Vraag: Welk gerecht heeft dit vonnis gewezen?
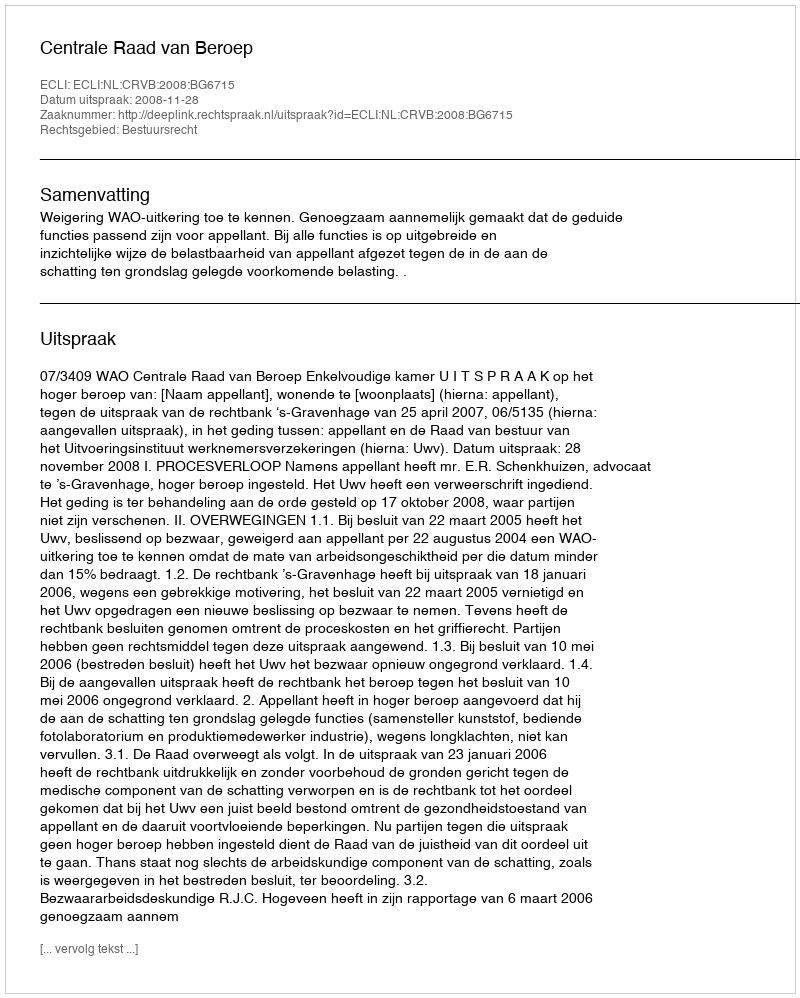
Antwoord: Centrale Raad van Beroep